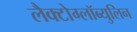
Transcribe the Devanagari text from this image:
लैक्टोग्लॉब्युलिन